Vabadussoja_Ajaloo_Komitee, lk 4
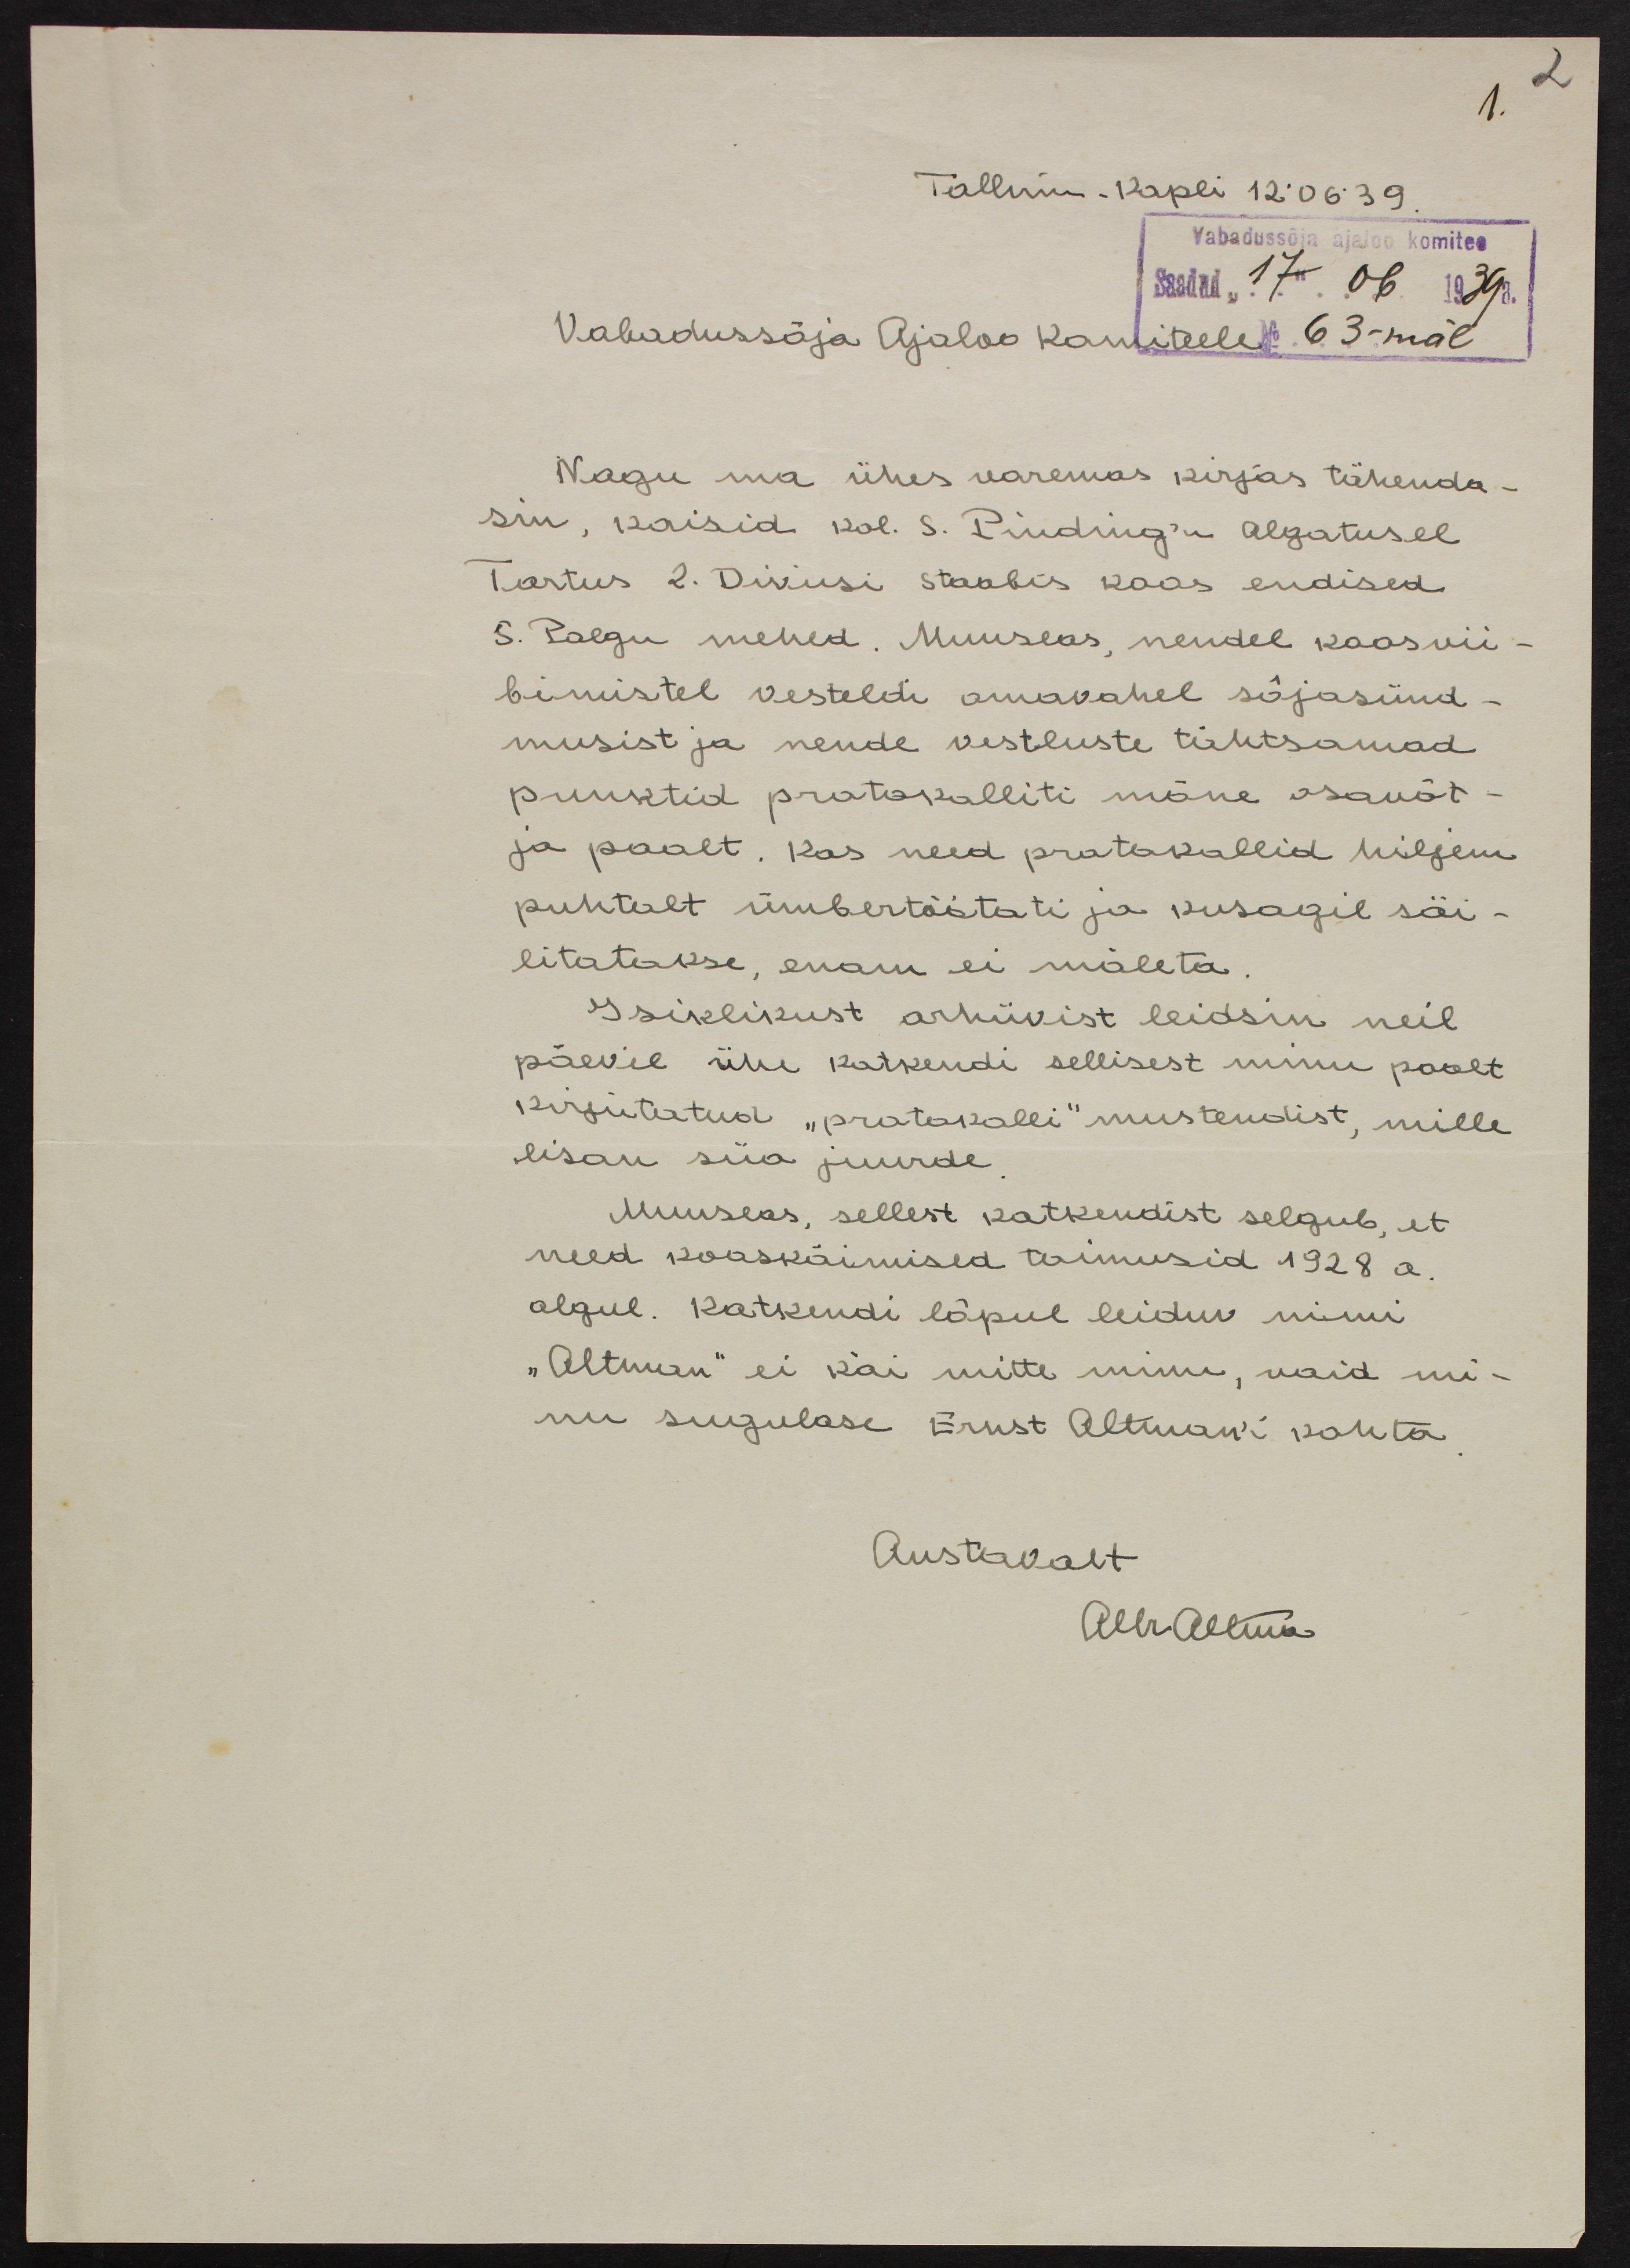
1. 2
Tallinn - Kopli 12.06.39.
Vabadussõja ajaloo komitee
Saadud "17" 06 1939 a.
No 63-mal
Vabadussõja Ajaloo Komiteele
Nagu ma ühes varemas kirjas tähenda-
sin, kaisid kol. S. Pinding'u algatusel
Tartus 2. Diviisi staabis koos endised
5. Polgu mehed. Muuseas, nendel koosvii-
bimistel vesteldi omavahel sõjasünd-
musist ja nende vestluste tähtsamad
punktid protokolliti mõne osavõt-
ja poolt. Kas need protokollid hiljem
puhtalt ümbertöötati ja kusagil säi-
litatakse, enam ei mäleta.
Isiklikust arhiivist leidsin neil
päevil ühe katkendi sellisest minu poolt
kirjutatud "protokolli" mustendist, mille
lisan siia juurde.
Muuseas, sellest katkendist selgub, et
need kooskäimised toimusid 1928 a.
algul. Katkendi lõpul leiduv nimi
"Altman" ei käi mitte minu, vaid mi-
nu sugulase Ernst Altmani kohta.
Austavalt
AllrAltma